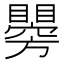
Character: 𥌂